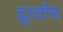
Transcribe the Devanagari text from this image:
दूरवीय